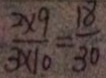
\frac { 2 \times 9 } { 3 \times 1 0 } = \frac { 1 8 } { 3 0 }